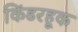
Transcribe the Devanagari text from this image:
किंडरहूक